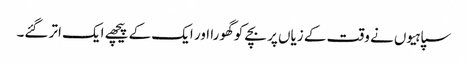
سپاہیوں نے وقت کے زیاں پر بچے کو گھورا اور ایک کے پیچھے ایک اتر گئے۔